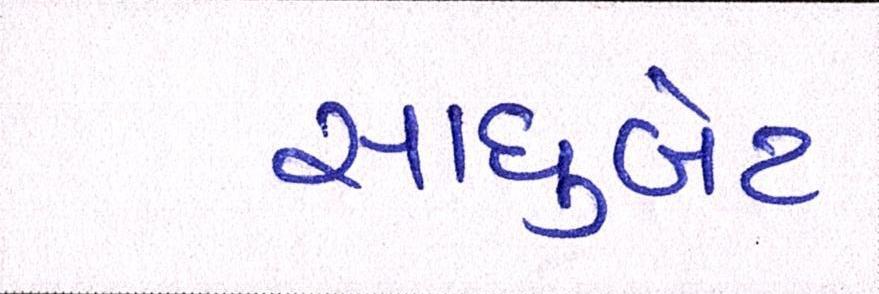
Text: સાધુબેટ